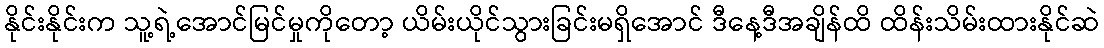
နိုင်းနိုင်းက သူ့ရဲ့အောင်မြင်မှုကိုတော့ ယိမ်းယိုင်သွားခြင်းမရှိအောင် ဒီနေ့ဒီအချိန်ထိ ထိန်းသိမ်းထားနိုင်ဆဲ